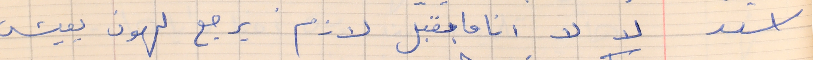
اسعد         لا لا انا ما بقبل لازم يرجع لهون يعيش